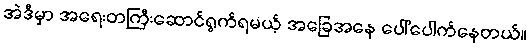
အဲဒီမှာ အရေးတကြီးဆောင်ရွက်ရမယ့် အခြေအနေ ပေါ်ပေါက်နေတယ်။